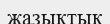
жазықтык